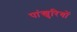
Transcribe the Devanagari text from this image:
पांखुरियों